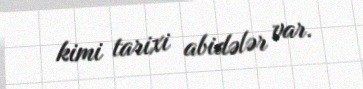
kimi tarixi abidələr var.